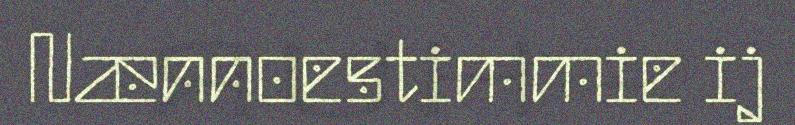
Nænnoestimmie ij